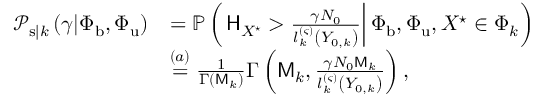
\begin{array} { r l } { \mathcal { P } _ { \mathrm { s } | k } \left( \gamma | \Phi _ { \mathrm { b } } , \Phi _ { \mathrm { u } } \right) } & { = \mathbb { P } \left( \left. \mathsf { H } _ { X ^ { \star } } > \frac { \gamma N _ { 0 } } { l _ { k } ^ { \left( \varsigma \right) } \left( Y _ { 0 , k } \right) } \right| \Phi _ { \mathrm { b } } , \Phi _ { \mathrm { u } } , X ^ { \star } \in \Phi _ { k } \right) } \\ & { \overset { ( a ) } { = } \frac { 1 } { \Gamma \left( \mathsf { M } _ { k } \right) } \Gamma \left( \mathsf { M } _ { k } , \frac { \gamma N _ { 0 } \mathsf { M } _ { k } } { l _ { k } ^ { \left( \varsigma \right) } \left( Y _ { 0 , k } \right) } \right) , } \end{array}